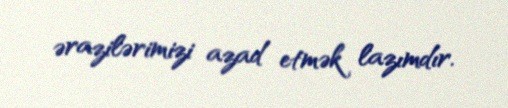
ərazilərimizi azad etmək lazımdır.